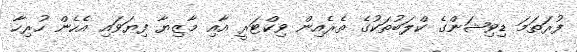
ފުރަތަމަ ޑިވިޝަންގެ ކްލަބުތަކުގެ ތެރެއިން ވިކްޓަރީ އާއި މާޒިޔާ ފިޔަވައި އެހެން ހުރިހާ